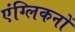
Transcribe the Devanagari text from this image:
एंग्लिकनों